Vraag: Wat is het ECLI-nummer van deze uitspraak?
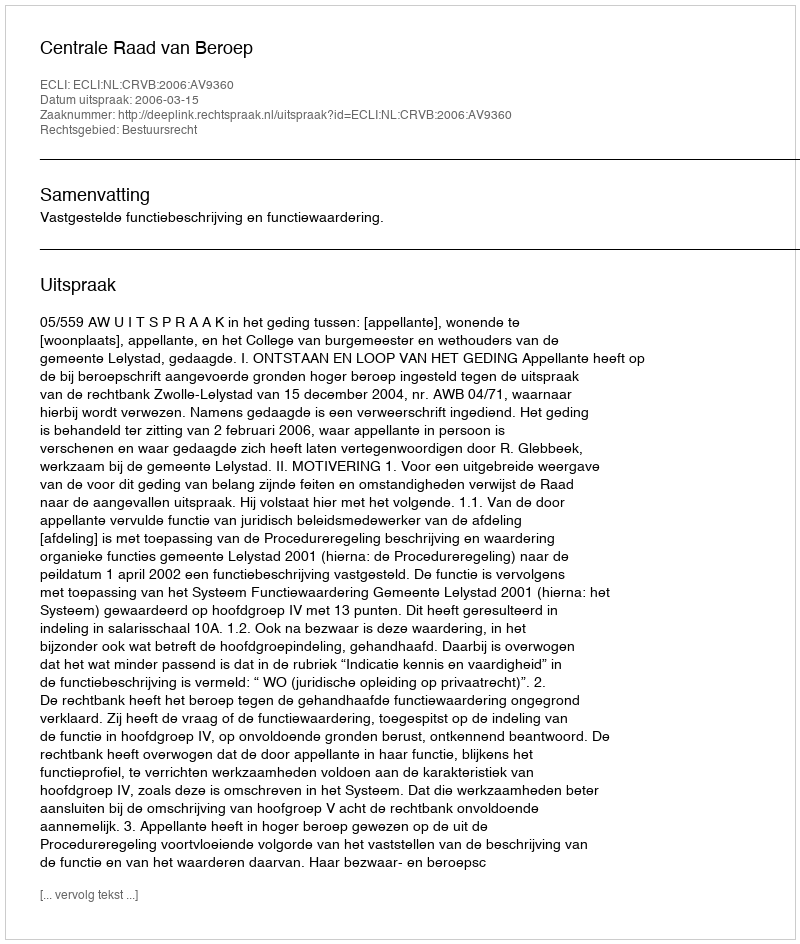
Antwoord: ECLI:NL:CRVB:2006:AV9360